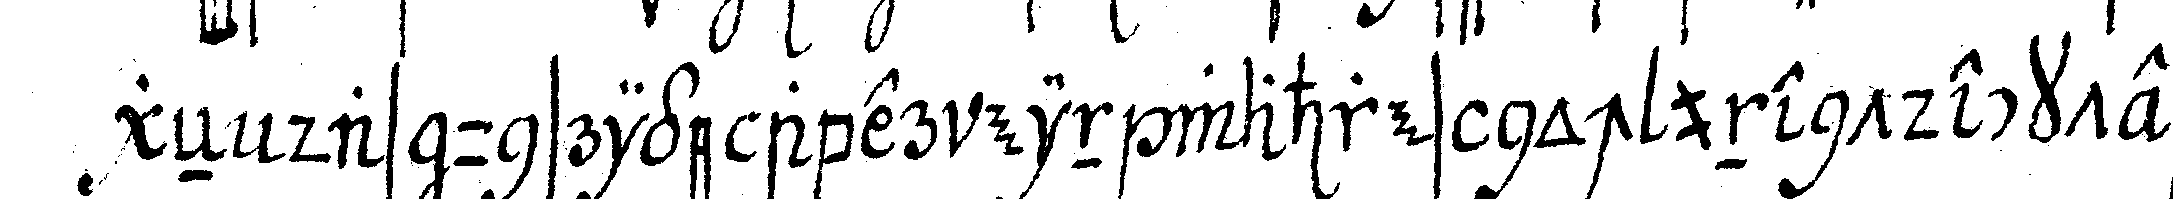
geN das unsrige aber ein wahres noch unentdecktes